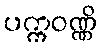
ပက္ကဝဏ္ဏိ